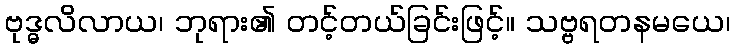
ဗုဒ္ဓလိလာယ၊ ဘုရား၏ တင့်တယ်ခြင်းဖြင့်။ သဗ္ဗရတနမယေ၊